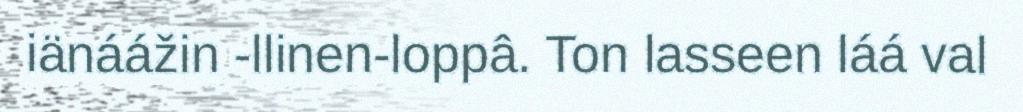
iänáážin -llinen-loppâ. Ton lasseen láá val